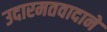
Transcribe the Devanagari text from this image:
उदारमतवादाने